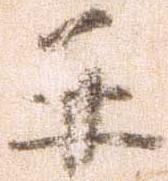
并